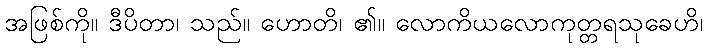
အဖြစ်ကို။ ဒီပိတာ၊ သည်။ ဟောတိ၊ ၏။ လောကိယလောကုတ္တရသုခေဟိ၊